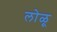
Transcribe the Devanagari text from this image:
लोळू